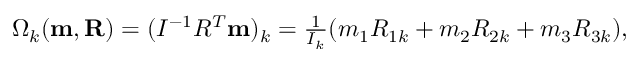
\begin{array} { r } { \Omega _ { k } ( { \bf m , R } ) = ( I ^ { - 1 } R ^ { T } { \bf m } ) _ { k } = \frac { 1 } { I _ { k } } ( m _ { 1 } R _ { 1 k } + m _ { 2 } R _ { 2 k } + m _ { 3 } R _ { 3 k } ) , } \end{array}